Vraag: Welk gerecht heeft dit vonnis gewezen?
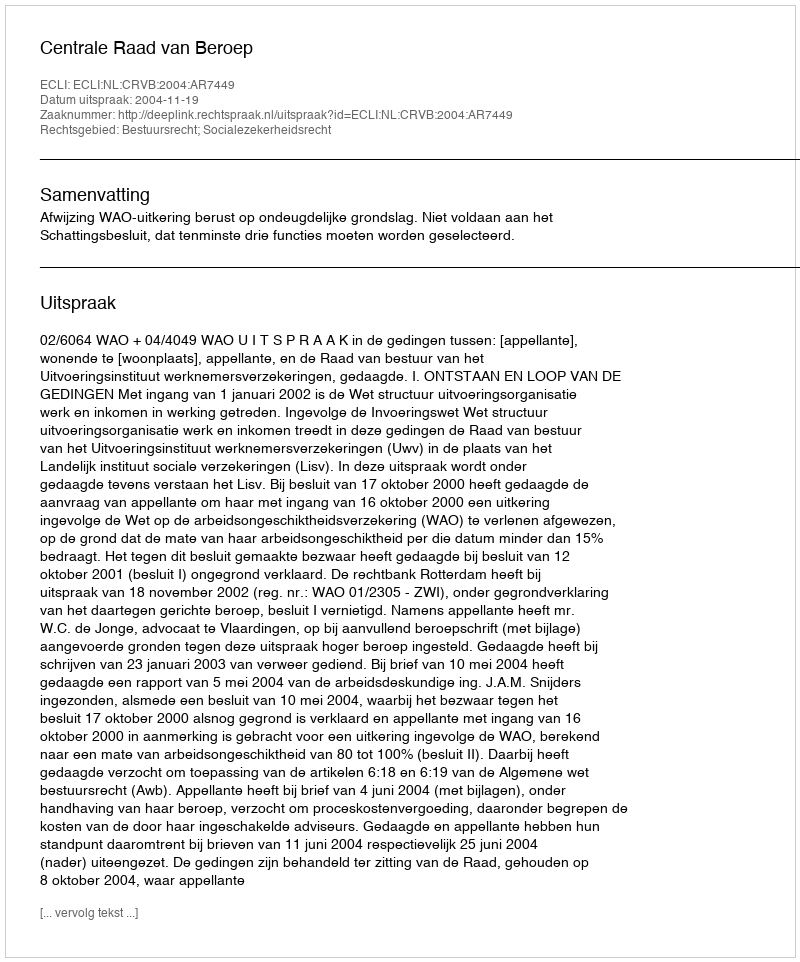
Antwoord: Centrale Raad van Beroep